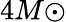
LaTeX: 4M{\odot}